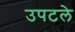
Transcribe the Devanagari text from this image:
उपटले